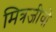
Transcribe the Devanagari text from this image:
मित्रजीवों